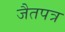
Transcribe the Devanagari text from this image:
जैतपत्र